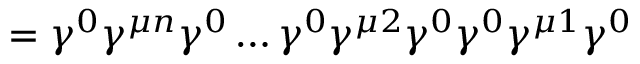
= \gamma ^ { 0 } \gamma ^ { \mu n } \gamma ^ { 0 } \dots \gamma ^ { 0 } \gamma ^ { \mu 2 } \gamma ^ { 0 } \gamma ^ { 0 } \gamma ^ { \mu 1 } \gamma ^ { 0 }